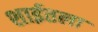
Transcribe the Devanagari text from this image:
शाईतला